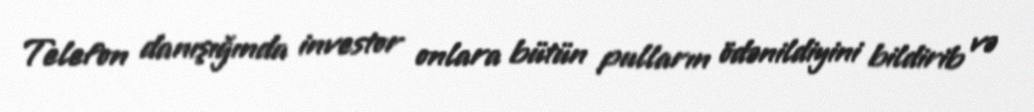
Telefon danışığında investor onlara bütün pulların ödənildiyini bildirib və